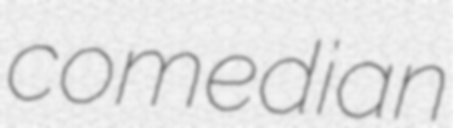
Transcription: comedian